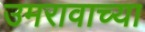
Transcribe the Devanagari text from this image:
उमरावाच्या